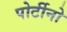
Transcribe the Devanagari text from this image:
पोर्टीनो